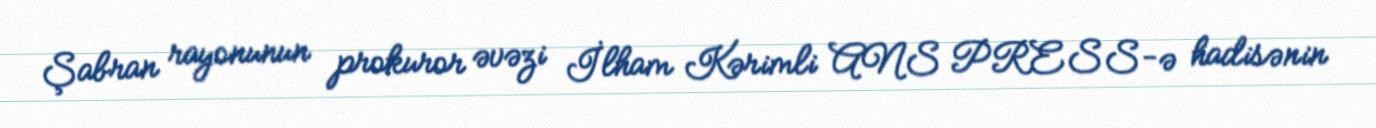
Şabran rayonunun prokuror əvəzi İlham Kərimli ANS PRESS-ə hadisənin